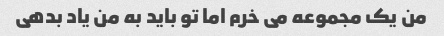
من یک مجموعه می خرم اما تو باید به من یاد بدهی